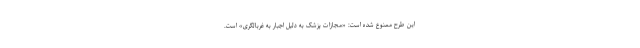
این طرح ممنوع شده است: «مجازات پزشک به دلیل اجبار به غربالگری» است.